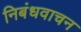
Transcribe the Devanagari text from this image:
निबंधवाचन